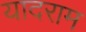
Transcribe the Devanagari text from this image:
यादराम